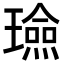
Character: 𭺈